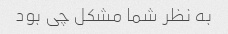
به نظر شما مشکل چی بود